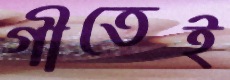
গীতেই